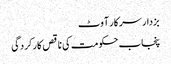
بزدار سرکار آوٹ
پنجاب حکومت کی ناقص کارکردگی